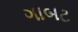
ગાબટ